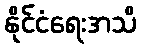
နိုင်ငံရေးအသိ